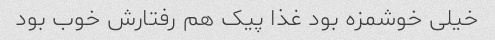
خیلی خوشمزه بود غذا پیک هم رفتارش خوب بود